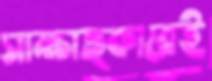
সাক্ষাত্কারেই